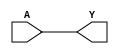
module BUFx2_ASAP7_75t_L (A, Y);
	input A;
	output Y;
	assign Y = A;
endmodule